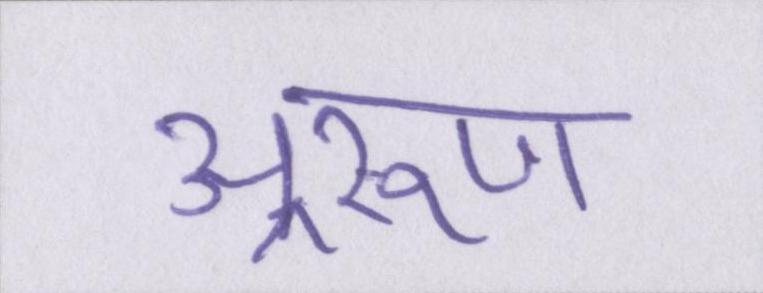
अ्ररूण